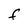
Character: F